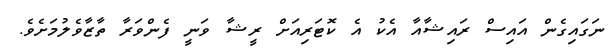
ނަގައިގެން އައިސް ރައިޝާއާ އެކު އެ ކޮޓަރިއަށް ރީޝާ ވަނީ ފެންވަރާ ތާޒާވެލުމަށެވެ.